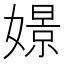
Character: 𡡡